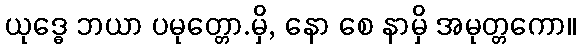
ယုဒ္ဓေ ဘယာ ပမုတ္တော.မှိ, နော စေ နာမှိ အမုတ္တကော။